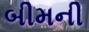
બીમની